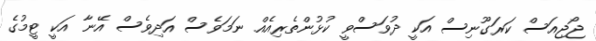
ޖޯޖިއަސް ކަރަގޫނިސް އަކީ ދުވަސްވީ ކުޅުންތެރިއެއް ނަމަވެސް އަދިވެސް އޭނާ އަކީ ޓީމުގެ